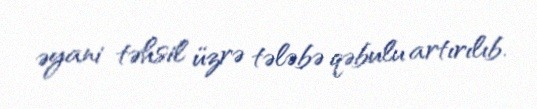
əyani təhsil üzrə tələbə qəbulu artırılıb.